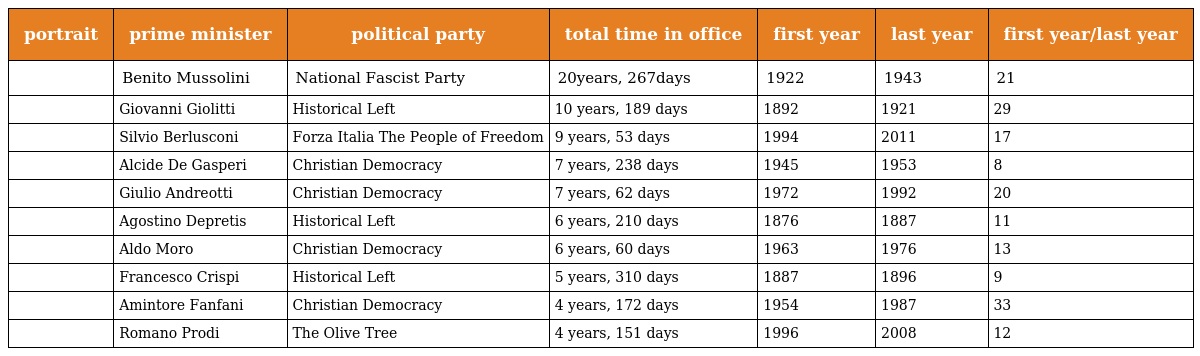
| portrait | prime minister | political party | total time in office | first year | last year | first year/last year |
 | --- | --- | --- | --- | --- | --- | --- |
 |  | Benito Mussolini | National Fascist Party | 20years, 267days | 1922 | 1943 | 21 |
 |  | Giovanni Giolitti | Historical Left | 10 years, 189 days | 1892 | 1921 | 29 |
 |  | Silvio Berlusconi | Forza Italia The People of Freedom | 9 years, 53 days | 1994 | 2011 | 17 |
 |  | Alcide De Gasperi | Christian Democracy | 7 years, 238 days | 1945 | 1953 | 8 |
 |  | Giulio Andreotti | Christian Democracy | 7 years, 62 days | 1972 | 1992 | 20 |
 |  | Agostino Depretis | Historical Left | 6 years, 210 days | 1876 | 1887 | 11 |
 |  | Aldo Moro | Christian Democracy | 6 years, 60 days | 1963 | 1976 | 13 |
 |  | Francesco Crispi | Historical Left | 5 years, 310 days | 1887 | 1896 | 9 |
 |  | Amintore Fanfani | Christian Democracy | 4 years, 172 days | 1954 | 1987 | 33 |
 |  | Romano Prodi | The Olive Tree | 4 years, 151 days | 1996 | 2008 | 12 |